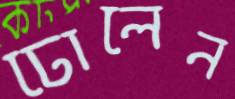
ঢোলেন